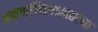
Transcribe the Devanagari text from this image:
अफगाणिस्तानातल्या